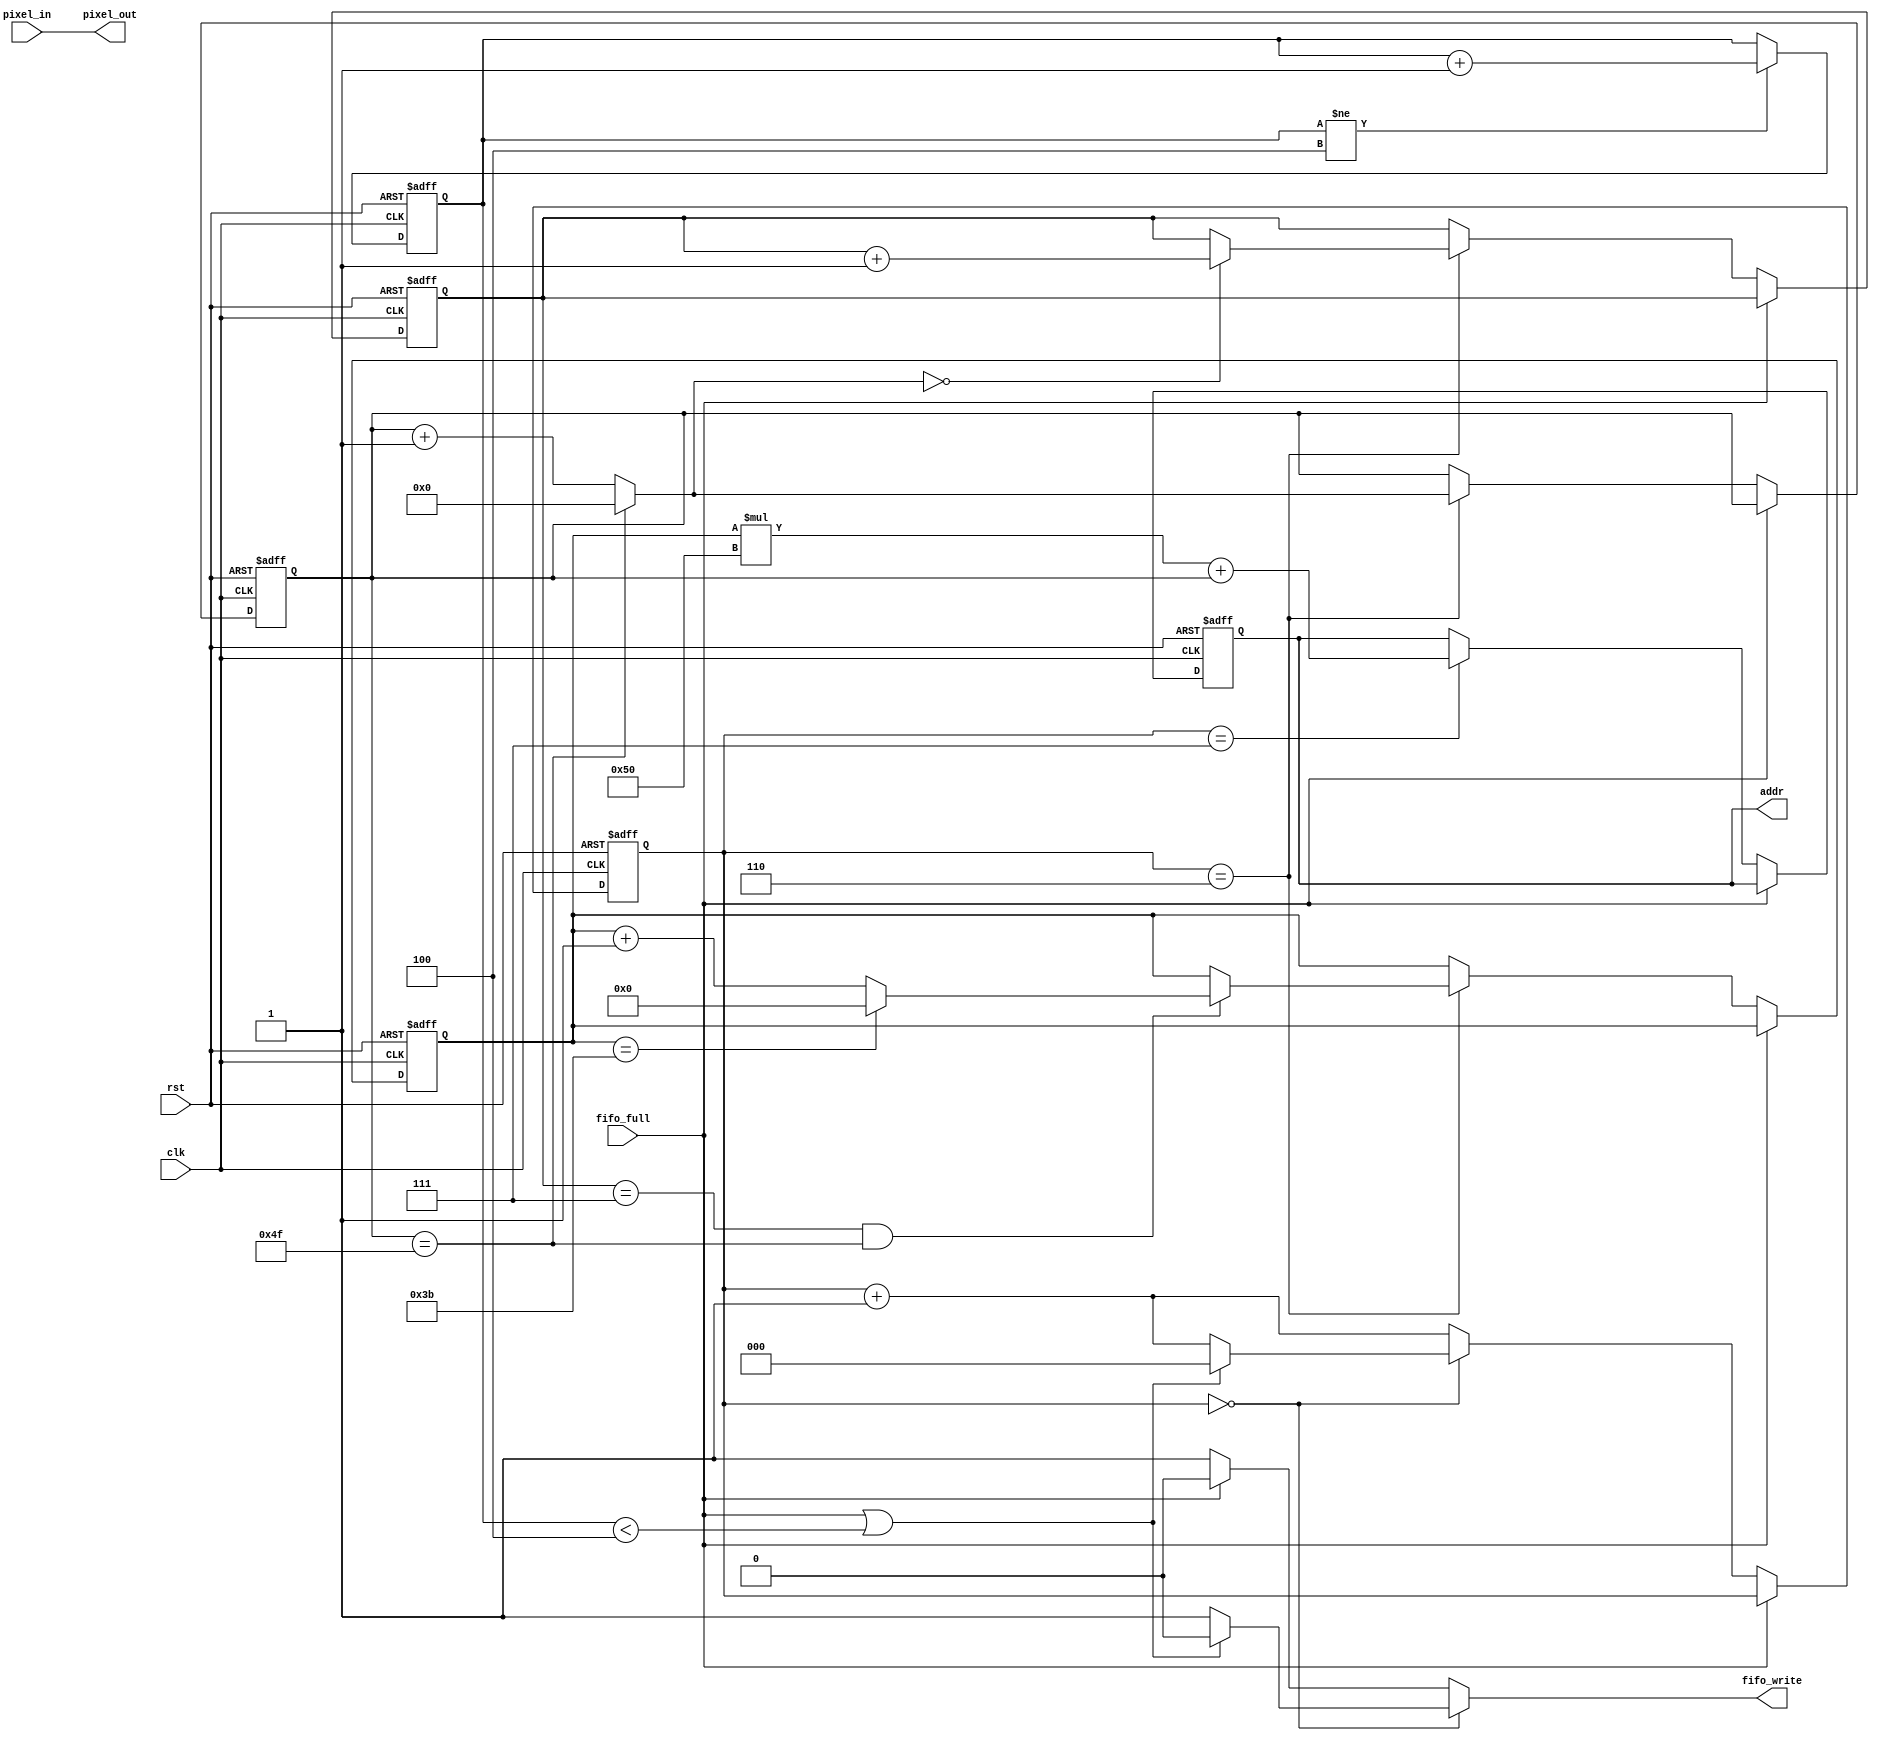
`timescale 1ns / 1ps
//////////////////////////////////////////////////////////////////////////////////
// Company: 	UW-Madison	
// 
// Design Name:    vga
// Module Name:    display_plane
// Project Name:   Mini-Project 2 - VGA
// Target Devices:  Xilinx Vertex II FPGA
// Tool versions: 
// Description: 	Control rom accesses and fifo writes
//
// Dependencies: 
//
// Revision:  	1.0
// Revision 0.01 - File Created
// Additional Comments: 
//
//////////////////////////////////////////////////////////////////////////////////
module display_plane(output [23:0] pixel_out, output reg [12:0] addr, output reg fifo_write, input [23:0] pixel_in, input clk, rst, fifo_full);
    
    reg [6:0] horiz_count;							//counting  the pixels per line
    reg [5:0] vert_count;							//counting the vertical lines
    wire [6:0] next_horiz_count;					//next pixel per line count
    wire [5:0] next_vert_count;						//next vertical lines count
    reg [2:0] state, next_state;					//state and next state instantiation
    reg [2:0] first_four, vert_stretch;    			//first four for fifo delay, vert stretch to stretch each 8 lines downward
    
	//state variables
    localparam IDLE = 3'd0, LAST = 3'd7;
    
	//increment the pixels on the line or reset when end of line reached
    assign next_horiz_count = (horiz_count == 7'd79) ? 7'd0 : horiz_count + 7'd1;
	//if we've output the horizontal line 8 times (80x60->640x480), then 
	//check if full screen is output to reset or simply increment, otherwise keep outputting on same line
    assign next_vert_count = ((vert_stretch == 3'd7) && (horiz_count == 7'd79)) ? ((vert_count == 6'd59) ? 6'd0 : vert_count + 6'd1) : vert_count;
    
	//pixel being written is pixel being read
    assign pixel_out = pixel_in;
    
	//sequential logic
    always@(posedge clk, posedge rst) begin
        if(rst) begin
           state <= IDLE;
           addr <= 13'd0;
           horiz_count <= 7'd0;
           vert_count <= 6'd0;
           first_four <= 3'd0;
			  vert_stretch <= 3'd0;
        end
        else begin
			//fifo initializing, don't do anything
            if(first_four != 3'd4) begin
               first_four <= first_four + 3'd1;
            end
			//if the fifo isn't full
            if(!fifo_full) begin
			   //update the horizontal and vertical pixel counts
               if(state == 3'd6) begin
                  horiz_count <= next_horiz_count;
                  vert_count <= next_vert_count;
						//if we reached the end of a horizontal line, increment our vertical stretch count
						if(next_horiz_count == 7'd0) begin
							vert_stretch <= vert_stretch + 3'd1;
						end
               end
			   //in last state, update the rom read address
               if(state == LAST) begin
                  addr <= vert_count * 80 + horiz_count;
               end
			   //update state
               state <= next_state;
            end
        end 
    end
    
	//combinational logic
    always@(state, first_four, fifo_full) begin
        fifo_write = 1'b0;		//default no write to fifo
        case(state)
            IDLE: begin
				//in idle and fifo is full or still initializing, stay idle
                if(fifo_full || (first_four < 3'd4)) begin
                  next_state = IDLE;  
                end
                else begin
				   //write to fifo, update state
                   fifo_write = 1'b1;
                   next_state = state + 3'd1; 
                end
            end
            default: begin
				//fifo not full, write to it
                if(!fifo_full) begin
                   fifo_write = 1'b1; 
                end
				//update state
                next_state = state + 3'd1;
            end
        endcase
    end
    
endmodule